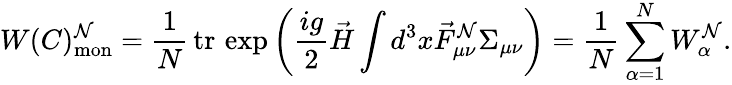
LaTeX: W(C)_{\mathrm{mon}}^{\cal N}=\frac{1}{N}{\, }\mathrm{tr}{\, }\exp\left(\frac{ig}{2}\vec{H}\int d^{3}x\vec{F}_{\mu\nu}^{\cal N}\Sigma_{\mu\nu}\right)=\frac{1}{N}\sum_{\alpha=1}^{N}W_{\alpha}^{\cal N}.